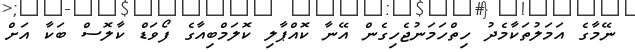
ނޭމާގެ އަމަލުތަކާމެދު ހިތްހަމަނުޖެހިގެން އޭނާ ކޮއްޕާލި ކޮލަމްބިއާގެ ފޯވަޑް ކާލޮސް ބަކާ އަށް